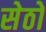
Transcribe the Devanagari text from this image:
सेठो